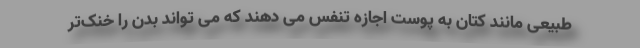
طبیعی مانند کتان به پوست اجازه تنفس می دهند که می تواند بدن را خنک‌تر